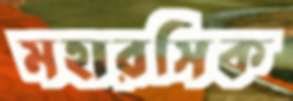
মহারসিক